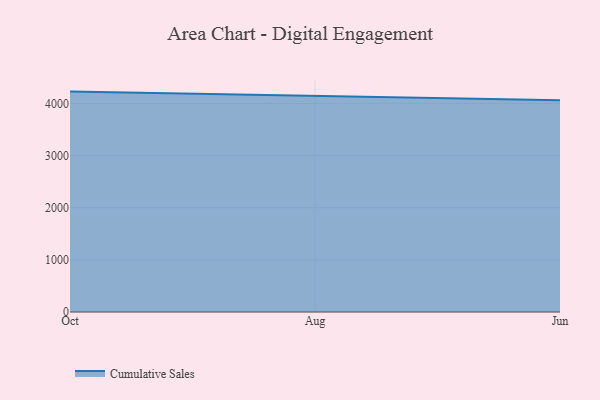
{"axis": {"x": "Month", "y": "Bounce Rate (%)"}, "legend": ["Cumulative Sales"], "data": [{"x": "Oct", "y": 4227.6, "type": "Cumulative Sales"}, {"x": "Aug", "y": 4148.6, "type": "Cumulative Sales"}, {"x": "Jun", "y": 4063.6, "type": "Cumulative Sales"}]}